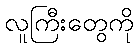
လူကြီးတွေကို